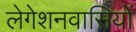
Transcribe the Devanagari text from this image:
लेगेशनवासियों